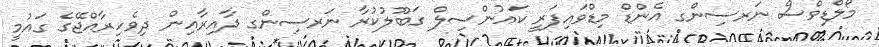
މޯލްޑިވްސް ނަރސިންގ އެންޑް މިޑްވައިފަރީ ކައުންސިލް ގަބޫލުކުރާ ނަރސިންގ ދާއިރާއިން ދިވެހިރާއްޖޭގެ ގައުމީ